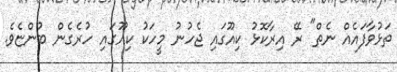
ތަޅުވާފައެއް ނެތް" ރޭ އިރާކޮޅު ކިއޫގައި ޖެހުނު މީހަކު ކިއޫގައި ހުރެގެން ބުންޏެވެ.